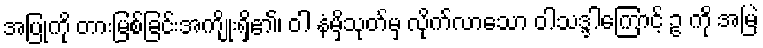
အပြုကို တားမြစ်ခြင်းအကျိုးရှိ၏၊ ဝါ နံမှိသုတ်မှ လိုက်လာသော ဝါသဒ္ဒါကြောင့် ဥ ကို အမြဲ